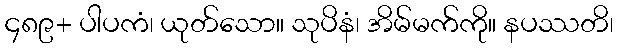
၄၈၉+ ပါပကံ၊ ယုတ်သော။ သုပိနံ၊ အိမ်မက်ကို။ နပဿတိ၊